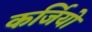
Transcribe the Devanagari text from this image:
कर्जियो